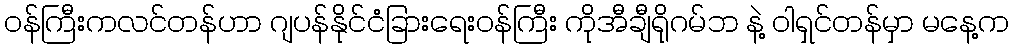
ဝန်ကြီးကလင်တန်ဟာ ဂျပန်နိုင်ငံခြားရေးဝန်ကြီး ကိုအီချီရိုဂမ်ဘ နဲ့ ဝါရှင်တန်မှာ မနေ့က